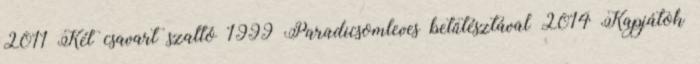
2011 Két csavart szaltó 1999 Paradicsomleves betűtésztával 2014 Kapjátok